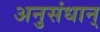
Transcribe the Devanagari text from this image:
अनुसंधान्